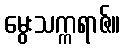
မွေးသက္ကရာဇ်။